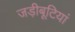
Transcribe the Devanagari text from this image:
जड़ीबूटियां